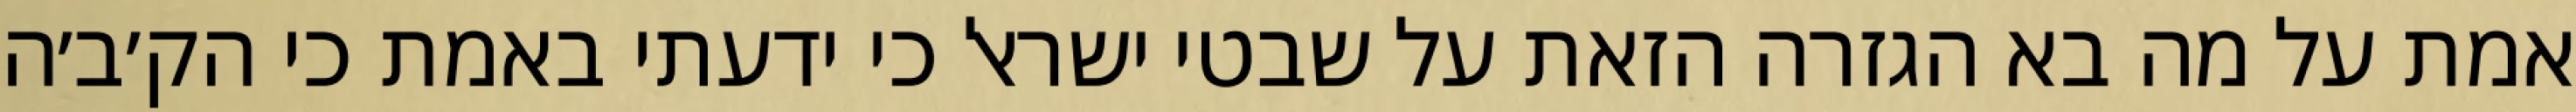
אמת על מה בא הגזרה הזאת על שבטי ישראל כי ידעתי באמת כי הק׳ב׳ה